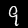
Label: 9